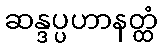
ဆန္ဒပ္ပဟာနတ္ထံ